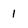
Character: 1